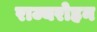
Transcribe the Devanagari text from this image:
राज्यरोहन